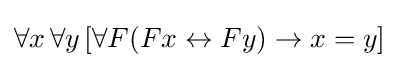
\forall x\,\forall y\,[\forall F(Fx\leftrightarrow Fy)\rightarrow x=y]